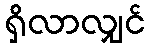
ရှိလာလျှင်